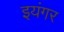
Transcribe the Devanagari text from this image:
इयंगर